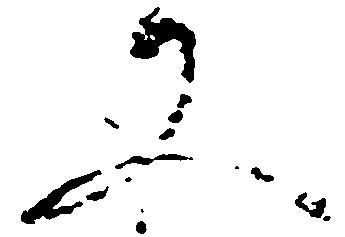
父